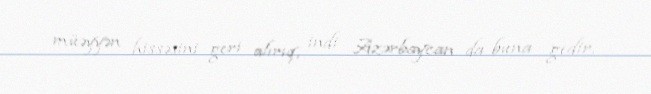
müəyyən hissəsini geri alırıq, indi Azərbaycan da buna gedir.